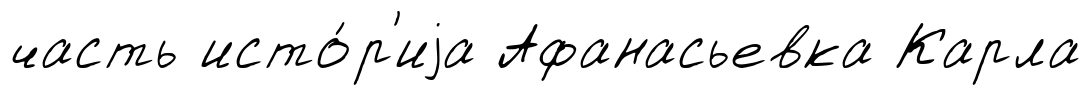
часть исто́р'иjа Афанасьевка Карла